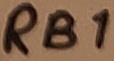
Text: RB1